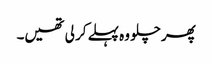
پھر چلو وہ پہلے کر لی تھیں۔